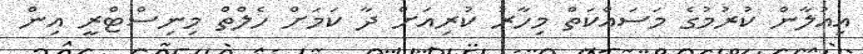
އިއުލާން ކުރުމުގެ މަސައްކަތް މިހާރު ކުރިއަށް ދާ ކަމަށް ހެލްތް މިނިސްޓްރީ އިން